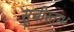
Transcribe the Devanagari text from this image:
सूचीस्तम्भ